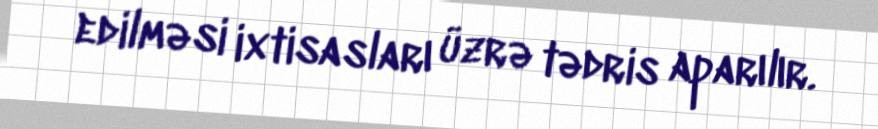
edilməsi ixtisasları üzrə tədris aparılır.